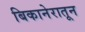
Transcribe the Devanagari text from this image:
बिकानेरातून